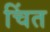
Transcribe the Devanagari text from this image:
चिंत